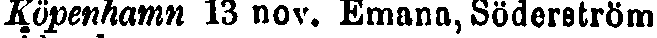
Köpenhamn 13 nov. Emana, Söderström